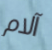
آلام